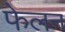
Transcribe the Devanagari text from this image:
फेलन